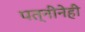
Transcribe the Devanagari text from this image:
पत्नीनेही